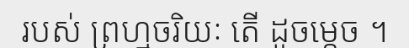
របស់ ព្រហ្មចរិយៈ តើ ដូចម្តេច ។